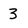
Character: 3